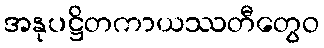
အနုပဋ္ဌိတကာယဿတီတွေဝ